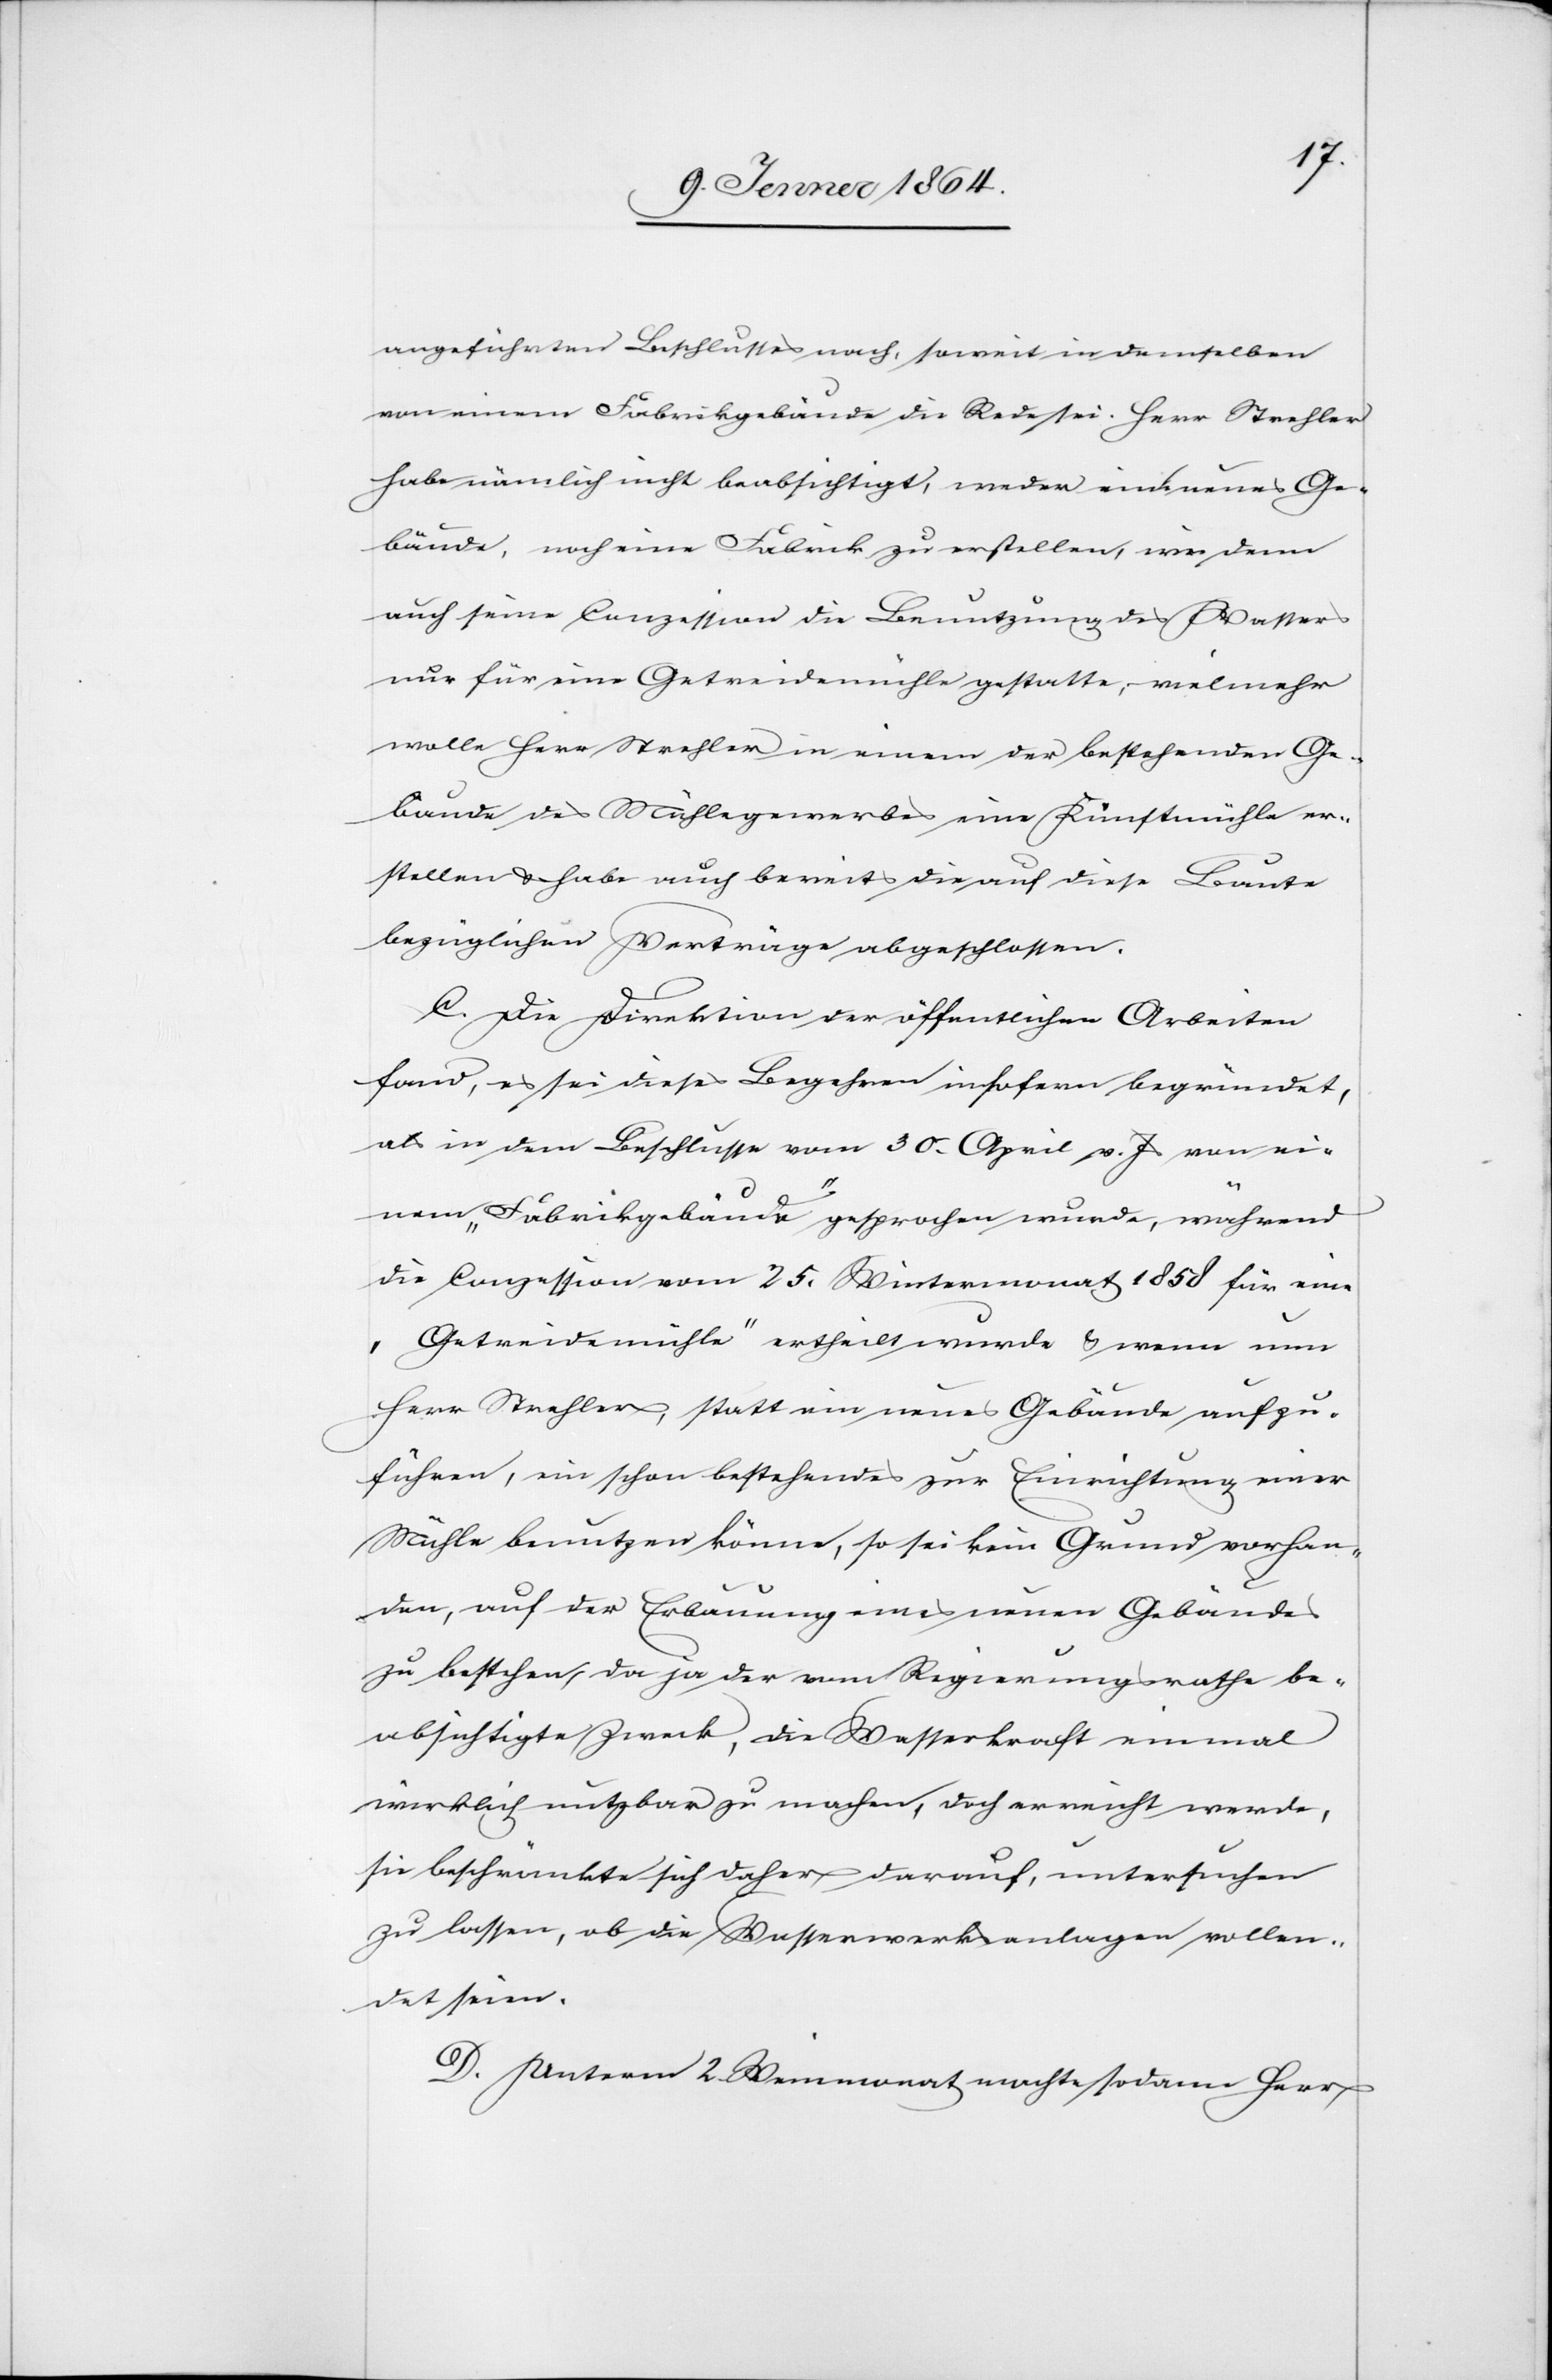
angeführten Beschlusses nach, soweit in demselben
von einem Fabrikgebäude die Rede sei. Herr Strehler
habe nämlich nicht beabsichtigt, weder ein neues Ge¬
bäude, noch eine Fabrik zu erstellen, wie denn
auch seine Conzession die Benutzung des Wassers
nur für eine Getreidemühle gestatte; vielmehr
wolle Herr Strehler in einem der bestehenden Ge¬
bäude des Mühlegewerbes eine Kunstmühle er¬
stellen u. habe auch bereits die auf diese Baute
bezüglichen Verträge abgeschlossen.
C. Die Direktion der öffentlichen Arbeiten
fand, es sei dieses Begehren insofern begründet,
als in dem Beschlusse vom 30. April v. Js von ei¬
nem „Fabrikgebäude“ gesprochen wurde, während
die Conzession vom 25. Wintermonat 1858 für eine
„Getreidemühle“ ertheilt wurde u. wenn nun
Herr Strehler, statt ein neues Gebäude aufzu¬
führen, ein schon bestehendes zur Einrichtung einer
Mühle benutzen könne, so sei kein Grund vorhan¬
den, auf der Erbauung eines neuen Gebäudes
zu bestehen, da ja der vom Regierungsrathe be¬
absichtigte Zweck, die Wasserkraft einmal
wirklich nutzbar zu machen, doch erreicht werde,
sie beschränkte sich daher darauf, untersuchen
zu lassen, ob die Wasserwerksanlagen vollen¬
det seien.
D. Unterm 2. Weinmonat machte sodann Herr